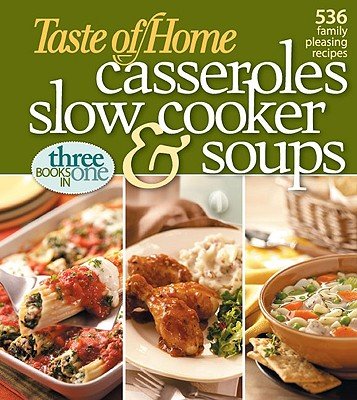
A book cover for Taste of Home Casseroles, Slow Cooker & Soups; Taste of Home; Cookbooks, Food & Wine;